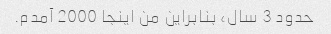
حدود 3 سال، بنابراین من اینجا 2000 آمدم.